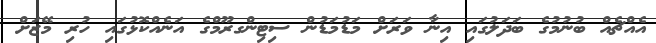
އެއްޗެއް ބުނުމުގެ ބަދަލުގައި އިނާ ވަރަށް މަޑުމަޑުން ސިޓިންގރޫމްގެ އަނެއްކޮޅުގައި ހުރި މޭޒަށް